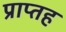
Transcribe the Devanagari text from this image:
प्राप्तह